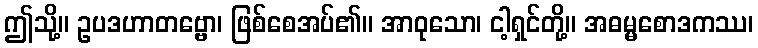
ဤသို့။ ဥပဒဟာတဗ္ဗော၊ ဖြစ်စေအပ်၏။ အာဝုသော၊ ငါ့ရှင်တို့။ အဓမ္မစောဒကဿ၊